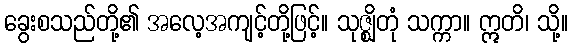
ခွေးစသည်တို့၏ အလေ့အကျင့်တို့ဖြင့်။ သုဇ္ဈိတုံ သက္ကာ။ ဣတိ၊ သို့။